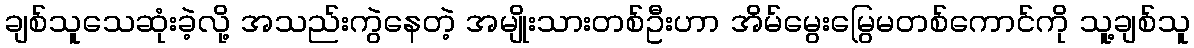
ချစ်သူသေဆုံးခဲ့လို့ အသည်းကွဲနေတဲ့ အမျိုးသားတစ်ဦးဟာ အိမ်မွေးမြွေမတစ်ကောင်ကို သူ့ချစ်သူ